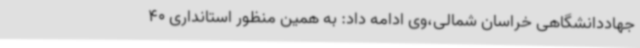
جهاددانشگاهی خراسان شمالی،وی ادامه داد: به همین منظور استانداری 40